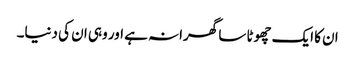
ان کا ایک چھوٹا سا گھرانہ ہے اور وہی ان کی دنیا۔